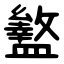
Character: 盭